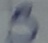
Text: S